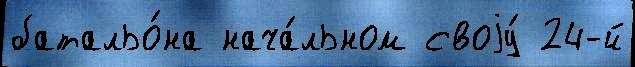
батальо́на нача́льном своjу́ 24-й